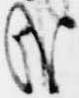
哉